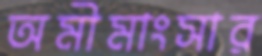
অমীমাংসার